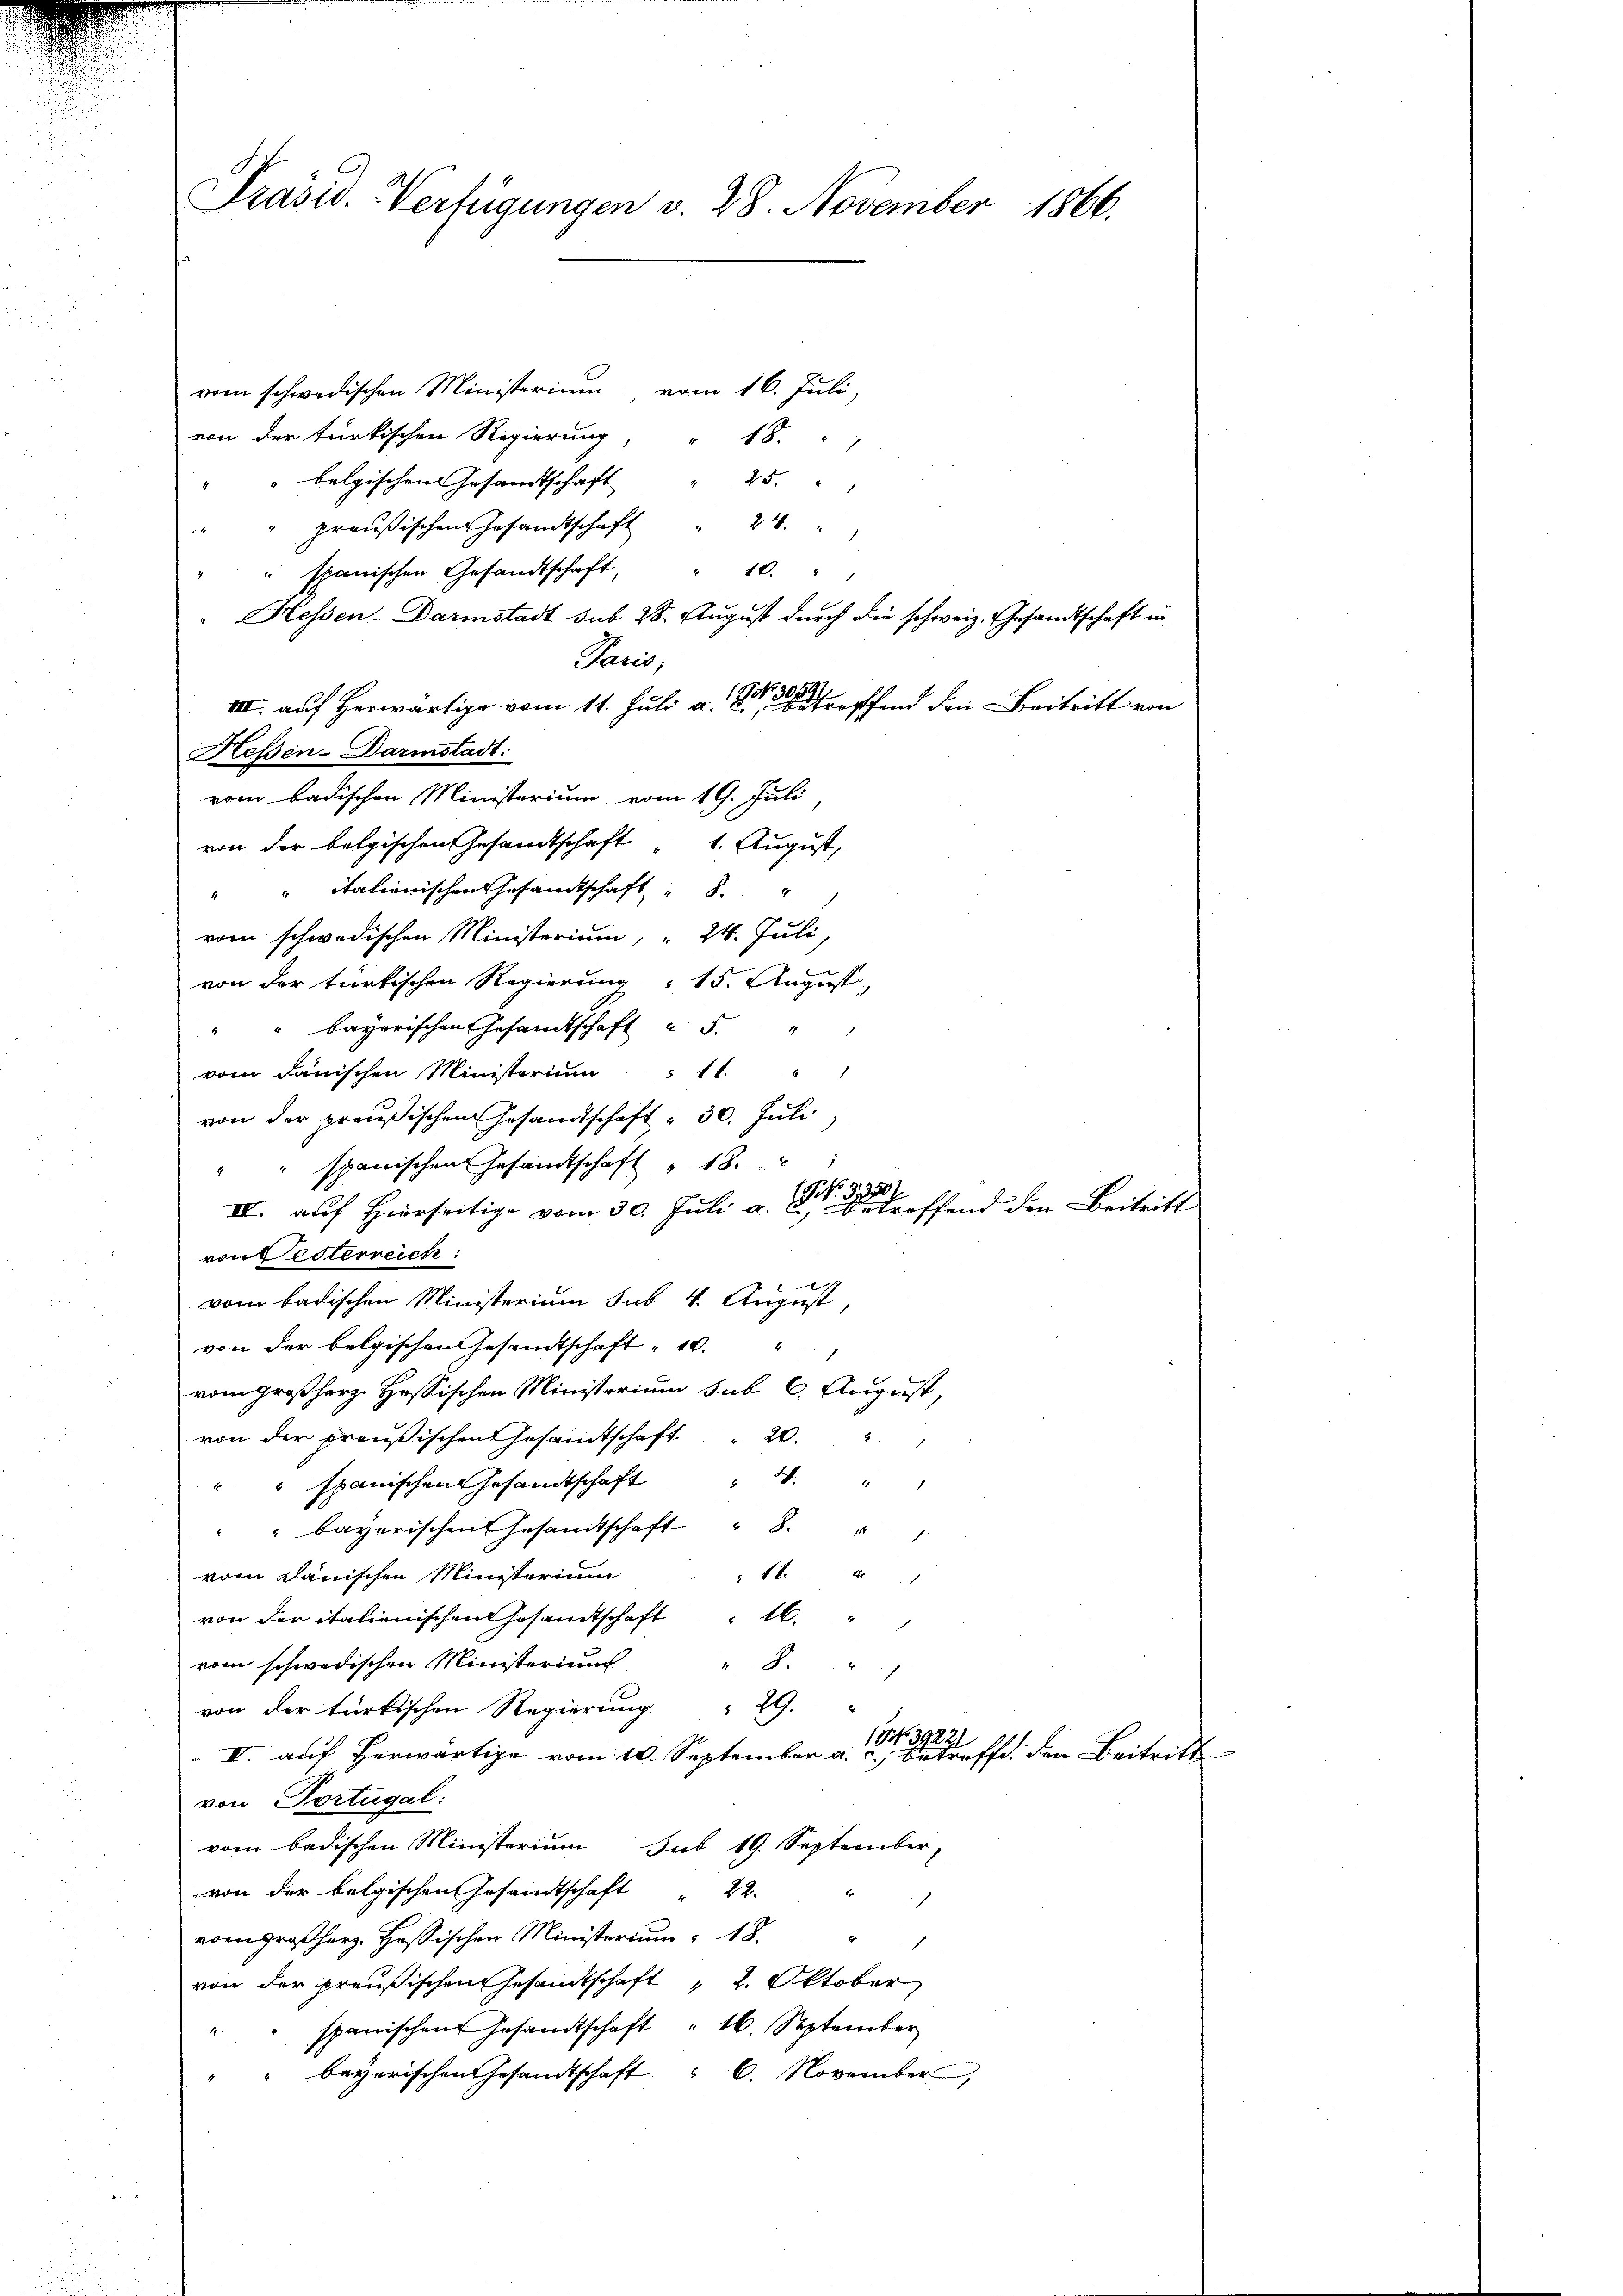
Präsid. Verfügungen v. 28. November 1866.

vom schwedischen Ministerium vom 16. Juli,
von der türkischen Regierung, " 18. " "
" belgischen Gesamtschaft               "         25 " "
" preußischen Gesandtschaft
" spanischen Gesandtschaft, " 10. "
" Hessen-Darmstadt sub 28. August durch die schweiz. Gesandtschaft in
Paris,
III. auf Herwärtige vom 11. Juli 188 fand den Beitritt von
Heßen-Darmstadt:
vom badischen Ministerium vom 19. Juli
von der belgischen Gesandtschaft " 1. August,
" italienischen Gesamtschaft
vom schwedischen Ministerium, 24. Juli,
von der türkischen Regierung " 15. August,
"" bayerischen Gesamtschaft   "
vom Janischen Ministerium 11 "
von der preußischen Gesandtschaft - 30. Juli
spanischen Gesandtschaft " 18.
327
IV. auf Hierseitige vom 30. Juli a. c., betreffend den Beitritt
von Esterreich:
vom badischen Ministerium sub 4. August,
von der belgischen Gesandtschaft „ 10.
vom Großherz Hössischen Ministerium sub 6. August,
von der preußischen Gesamtschaft 20
spanischen Gesandtschaft 4 "
"" bayerischen Gesamtschaft " 8.
12
vom Lauischen Ministerium
von der italienischen Gesandtschaft 16 "
vom schwedischen Ministeriums. "
von der türkischen Regierung " 29.
0fr. 14821
III. auf herwärtige vom 10. September a. c. betreffe den Beitritt
von Portugal:
vom badischen Ministerium sub 19. September,
von der belgischen Gesandtschaft
22.
orher. Hassischen Ministorium 18.
von der preußischen Gesandtschaft " 2. Oktober
spanischen Gesandtschaft " 16. September
" " bayerischen Gesandtschaft " 6. November,